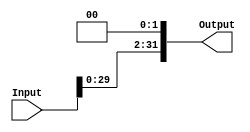
module Shift(Input,
             Output);
  
  input [31:0]  Input;
  output [31:0] Output;
  
  assign Output = Input<<2;
  
endmodule